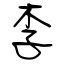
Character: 李